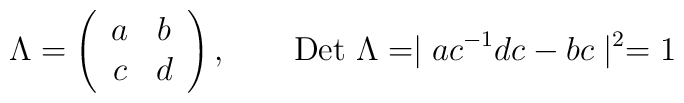
\Lambda = \left(\begin{array}{cc}a & b\\c & d\end{array}\right), ~~~~~~{\rm Det}~\Lambda =\mid ac^{-1}dc-bc\mid^{2} = 1